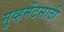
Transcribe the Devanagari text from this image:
मुव्हमेंटसाठी